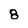
Character: 8